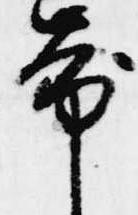
帯